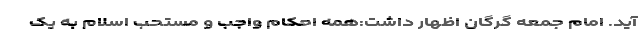
آید. امام جمعه گرگان اظهار داشت:همه احکام واجب و مستحب اسلام به یک